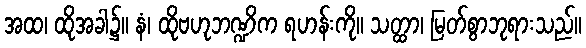
အထ၊ ထိုအခါ၌။ နံ၊ ထိုဗဟုဘဏ္ဍိက ရဟန်းကို။ သတ္ထာ၊ မြတ်စွာဘုရားသည်။